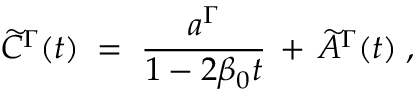
\widetilde { C } ^ { \Gamma } ( t ) \; = \; { \frac { a ^ { \Gamma } } { 1 - 2 \beta _ { 0 } t } } \, + \, \widetilde { A } ^ { \Gamma } ( t ) \; ,